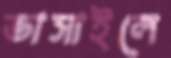
ভাসাইলে